Vaccination in Bombay 1889-1901 - 1889-1901
Year: 1889
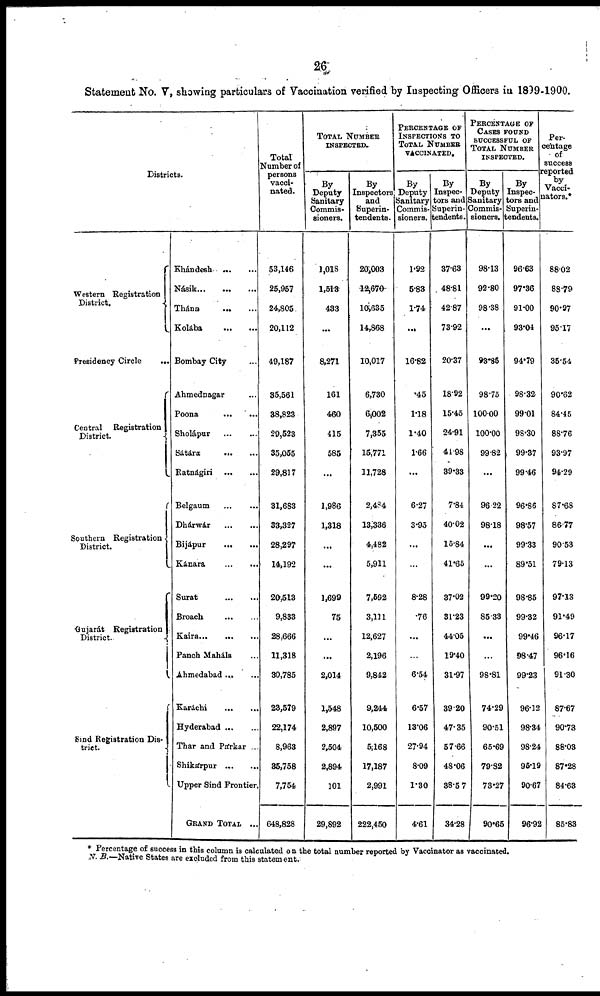
26
Statement No. V, showing particulars of Vaccination verified by Inspecting Officers in 1899-1900.
Districts.
Western Registration
District.
Presidency Circle
...
Central Registration
District.
Southern Registration
District.
Gujarát Registration
District.
Sind Registration Dis-
trict.
Khándesh
...
...
Násik...
...
...
Thána
...
...
Kolába
...
...
Bombay City ...
Ahmednagar ...
Poona
...
...
Sholápur ... ...
Sátára...
...
Ratnágiri ... ...
Belgaum
...
...
Dhárwár
...
...
Bijápur
...
...
Kánara
...
...
Surat
...
...
Broach
...
...
Kaira...
...
...
Panch Maháls ...
Ahmedabad ... ...
Karáchi
...
...
Hyderabad...
...
Thar and Párkar ...
Shikárpur
...
...
Upper Sind Frontier.
GRAND TOTAL ...
Total
Number of
persons
vacci-
nated.
53,146
25,957
24,805
20,112
49,187
35,561
38,823
29,523
35,055
29,817
31,683
33,327
28,297
14,192
20,513
9,833
28,666
11,318
30,785
23,579
22,174
8,963
35,758
7,754
648,828
TOTAL NUMBER
INSPECTED.
By
Deputy
Sanitary
Commis-
sioners.
1,018
1,513
433
...
8,271
161
460
415
585
...
1,986
1,318
...
...
1,699
75
...
...
2,014
1,548
2,897
2,504
2,894
101
29,892
By
Inspectors
and
Superin-
tendents.
20,003
12,670
10,635
14,868
10,017
6,730
6,002
7,355
15,771
11,728
2,484
13,336
4,482
5,911
7,592
3,111
12,627
2,196
9,842
9,244
10,500
5,168
17,187
2,991
222,450
PERCENTAGE OF
INSPECTIONS TO
TOTAL NUMBER
VACCINATED.
By
Deputy
Sanitary
Commis-
sioners.
1.92
5.83
1.74
...
16.82
.45
1.18
1.40
1.66
...
6.27
3.95
...
...
8.28
.76
...
...
6.54
6.57
13.06
27.94
8.09
1.30
4.61
By
Inspec-
tors and
Superin-
tendents.
37.63
48.81
42.87
73.92
20.37
18.92
15.45
24.91
44.98
39.33
7.84
40.02
15.84
41.65
37.02
31.23
44.05
19.40
31.97
39.20
47.35
57.66
48.06
38.57
34.28
PERCENTAGE OF
CASES FOUND
SUCCESSFUL OF
TOTAL NUMBER
INSPECTED.
By
Deputy
Sanitary
Commis-
sioners.
98.13
92.80
98.38
...
93.85
98.75
100.00
100.00
99.82
...
96.22
98.18
...
...
99.20
85.33
...
...
98.81
74.29
90.51
65.69
79.82
73.27
90.65
By
Inspec-
tors and
Superin-
-endents.
96.63
97.36
91.00
93.04
94.79
98.32
99.01
98.30
99.37
99.46
96.86
98.57
99.33
89.51
98.85
99.32
99.46
98.47
99.23
96.12
98.34
98.24
95.19
90.67
96.92
Per-
centage
of
success
reported
by
Vacci¬
nators.*
88.02
88.79
90.97
95.17
35.54
90.62
84.45
88.76
93.97
94.29
87.68
86.77
90.53
79.13
97.13
91.49
96.17
96.16
91.30
87.67
90.73
88.03
87.28
84.63
85.83
* Percentage of success in this column is calculated on the total number reported by Vaccinator as vaccinated.
N. B.—Native States are excluded from this statement.